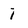
Character: 7